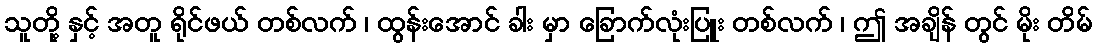
သူတို့ နှင့် အတူ ရိုင်ဖယ် တစ်လက် ၊ ထွန်းအောင် ခါး မှာ ခြောက်လုံးပြူး တစ်လက် ၊ ဤ အချိန် တွင် မိုး တိမ်